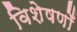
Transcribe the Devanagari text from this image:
विशेषणोँ